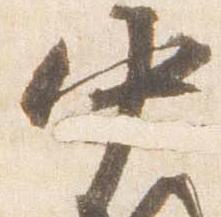
中